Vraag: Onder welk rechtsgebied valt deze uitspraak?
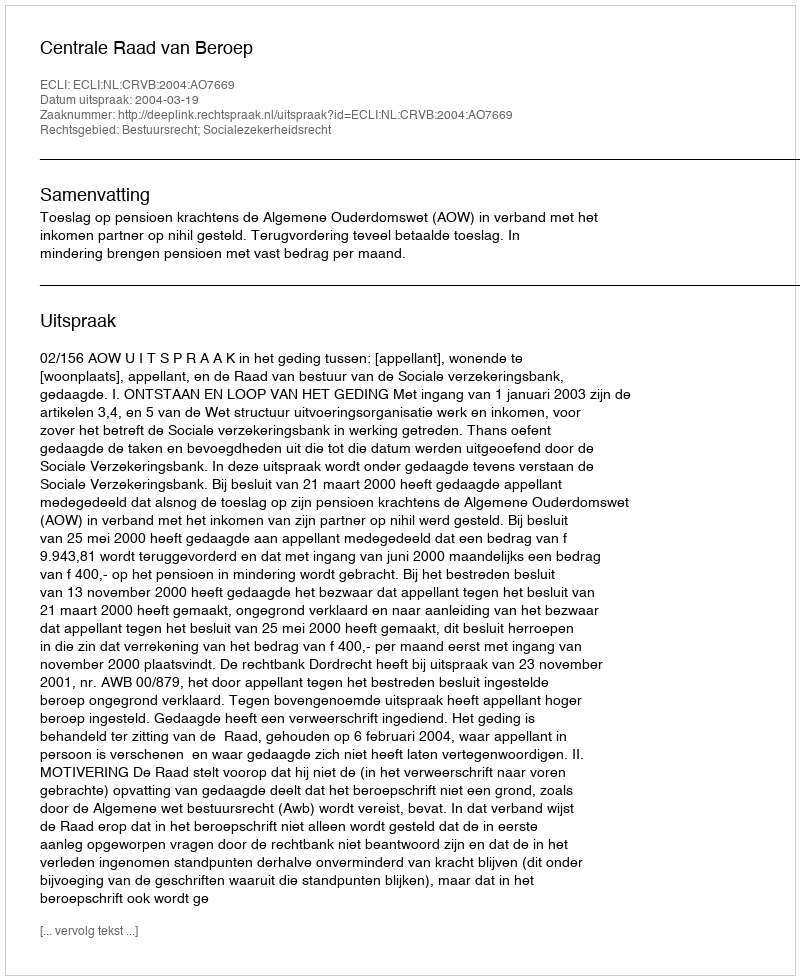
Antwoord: Bestuursrecht; Socialezekerheidsrecht